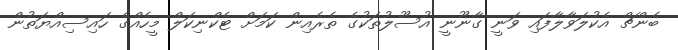
ބެންޗް އެކުލަވާލާފައި ވަނީ ގާނޫނީ އުސޫލުތަކުގެ ތެރެއިން ކަމަށް ޓެކްނިކަލް މީހެއްގެ ހައިސިއްޔަތުން